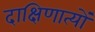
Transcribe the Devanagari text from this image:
दाक्षिणात्यों